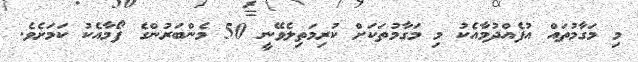
މި މަގާމުތައް އުފެއްދުމާއެކު މި މަގާމުތަކަށް ކުރިމަތިލެވޭނީ 50 މެންބަރުންގެ ފޯމާއެކު ކަމަށެވެ.